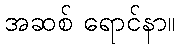
အဆစ် ရောင်နာ။